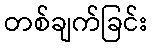
တစ်ချက်ခြင်း